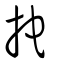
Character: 拕